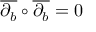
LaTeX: { \overline { { \partial _ { b } } } } \circ { \overline { { \partial _ { b } } } } = 0